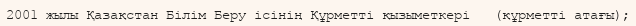
2001 жылы Қазақстан Білім Беру ісінің Құрметті қызыметкері   (құрметті атағы);